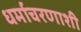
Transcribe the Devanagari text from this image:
धर्माचरणाशी